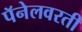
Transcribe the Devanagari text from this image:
पॅनेलवरती